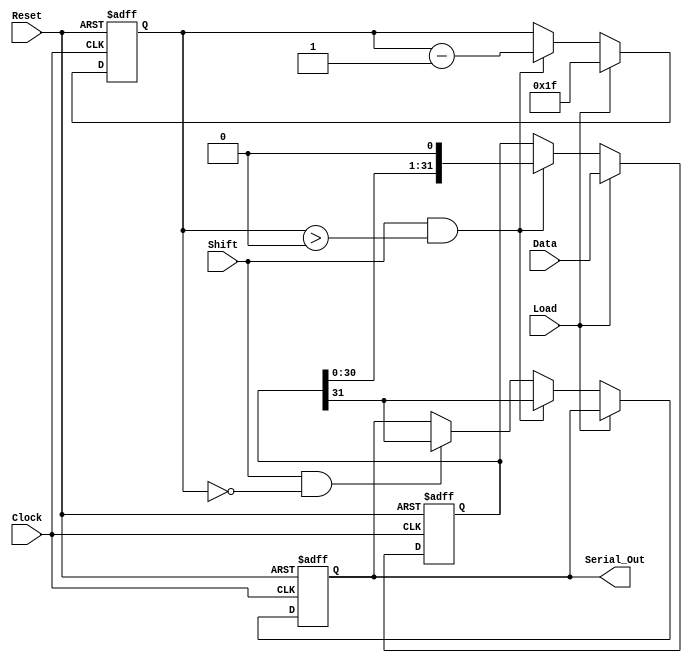
module PISO_Register (
    input wire [31:0] Data,      // 32-bit parallel input data bus
    input wire Load,             // Load control signal
    input wire Shift,            // Shift control signal
    input wire Clock,            // Clock signal
    input wire Reset,            // Asynchronous reset signal
    output reg Serial_Out        // Serial output
);

    reg [31:0] shift_reg;        // Internal 32-bit register
    reg [4:0] shift_count;       // Counter for shifting bits

    always @(posedge Clock or posedge Reset) begin
        if (Reset) begin
            shift_reg <= 32'b0;   // Clear the register on reset
            Serial_Out <= 1'b0;   // Clear the output on reset
            shift_count <= 5'b0;   // Reset the shift counter
        end else begin
            if (Load) begin
                shift_reg <= Data; // Load data into the register
                shift_count <= 5'd31; // Initialize shift count to 31 (for 32 bits)
            end else if (Shift && shift_count > 0) begin
                Serial_Out <= shift_reg[31]; // Output the MSB
                shift_reg <= {shift_reg[30:0], 1'b0}; // Shift right and fill LSB with 0
                shift_count <= shift_count - 1; // Decrement shift count
            end else if (Shift && shift_count == 0) begin
                Serial_Out <= shift_reg[31]; // Output the last MSB
                // Optionally, you can keep the last output or set it to a specific value
            end
        end
    end

endmodule